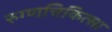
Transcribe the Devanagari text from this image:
रुग्णचिकित्सा